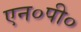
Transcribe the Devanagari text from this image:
एन०पी०